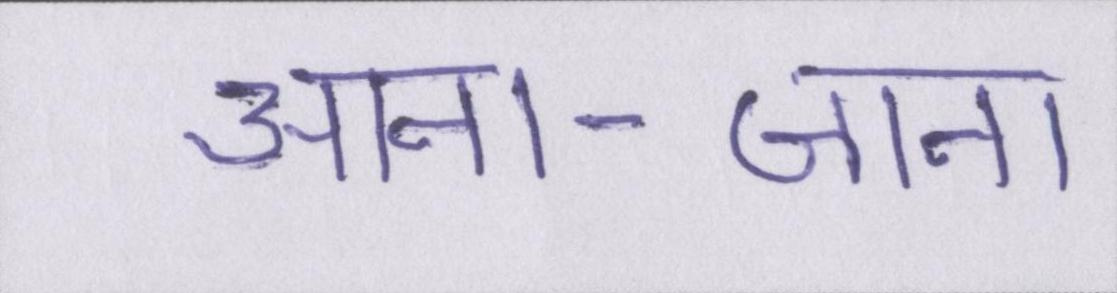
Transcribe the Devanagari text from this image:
आना-जाना